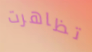
تظاهرت